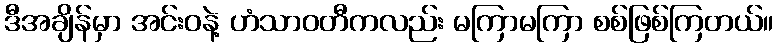
ဒီအချိန်မှာ အင်းဝနဲ့ ဟံသာဝတီကလည်း မကြာမကြာ စစ်ဖြစ်ကြတယ်။